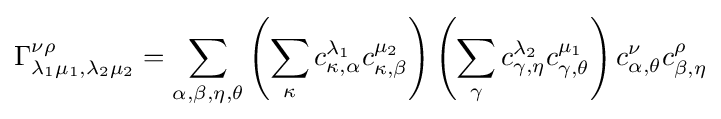
\Gamma _{\lambda _{1}\mu _{1},\lambda _{2}\mu _{2}}^{\nu \rho }=\sum _{\alpha ,\beta ,\eta ,\theta }\left(\sum _{\kappa }c_{\kappa ,\alpha }^{\lambda _{1}}c_{\kappa ,\beta }^{\mu _{2}}\right)\left(\sum _{\gamma }c_{\gamma ,\eta }^{\lambda _{2}}c_{\gamma ,\theta }^{\mu _{1}}\right)c_{\alpha ,\theta }^{\nu }c_{\beta ,\eta }^{\rho }